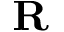
\mathbf { R }